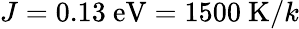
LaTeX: J=0.13~\mathrm{eV}=1500~\mathrm{K}/k